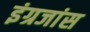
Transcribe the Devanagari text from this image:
इंग्रजांस